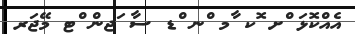
އެއްކޮޅަ ްށ ޮކ ާމ ްނ ްޑ ސާ ަޖން ްޓ މޭޖަރ